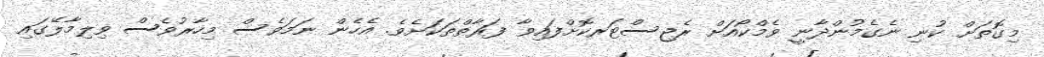
މިގޮތަށް ކުނި ނެގެމުންދާނީ ވެމްކޯއަށް ރެޖިސްޓަރކޮށްފައިވާ ފަރާތްތަކަށެވެ. އެހެން ނަމަވެސް މިހާރުވެސް ވިލިމާލޭގައި